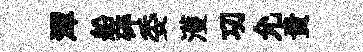
潭船碎委濩㓛允贵